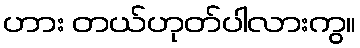
ဟား တယ်ဟုတ်ပါလားကွ။